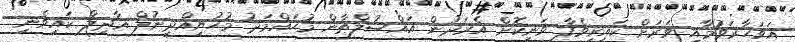
އަވަހާރަވުމާއި ވަރަށް ކައިރިވެފާ ވަނިކޮށް އެރަދުން އައްސުލްޠާން މުޙައްމަދު މުޙުޔިއްދީނުލް ޢާދިލް ކައިވެނި